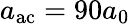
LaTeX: a_{\mathrm{ac}}=90a_{\mathrm{0}}